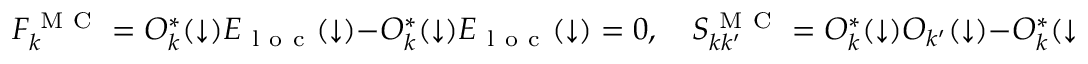
F _ { k } ^ { \mathrm { ~ M ~ C ~ } } = O _ { k } ^ { * } ( \downarrow ) E _ { \mathrm { ~ l ~ o ~ c ~ } } ( \downarrow ) - O _ { k } ^ { * } ( \downarrow ) E _ { \mathrm { ~ l ~ o ~ c ~ } } ( \downarrow ) = 0 , \quad S _ { k k ^ { \prime } } ^ { \mathrm { ~ M ~ C ~ } } = O _ { k } ^ { * } ( \downarrow ) O _ { k ^ { \prime } } ( \downarrow ) - O _ { k } ^ { * } ( \downarrow ) O _ { k ^ { \prime } } ( \downarrow ) = 0 .